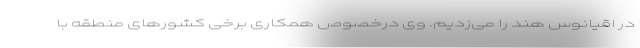
در اقیانوس هند را می‌زدیم. وی درخصوص همکاری برخی کشورهای منطقه با